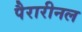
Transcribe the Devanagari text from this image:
पैरारीनल